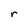
Character: r